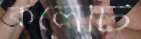
কলেটি